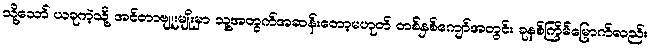
သို့သော် ယခုကဲ့သို့ အင်တာဗျူးမျိုးမှာ သူ့အတွက်အဆန်းတော့မဟုတ် တစ်နှစ်ကျော်အတွင်း ခုနစ်ကြိမ်မြောက်လည်း